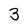
Character: 3